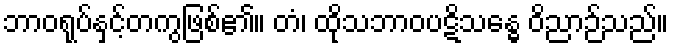
ဘာဝရုပ်နှင့်တကွဖြစ်၏။ တံ၊ ထိုသဘာဝပဋိသန္ဓေ ဝိညာဉ်သည်။